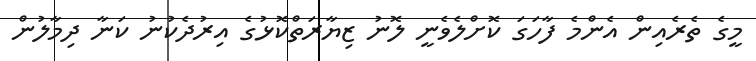
މީގެ ތެރެއިން އެންމެ ފާހަގަ ކޮށްލެވެނީ ލޮނު ޒިޔާރަތްކޮޅުގެ އިރުދެކުނު ކަނާ ދިމާލުން